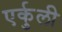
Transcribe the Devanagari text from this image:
एर्कुली